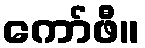
ကော်ဖီ။